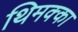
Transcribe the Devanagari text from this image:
थिमक्का